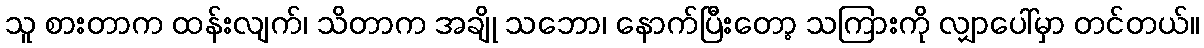
သူ စားတာက ထန်းလျက်၊ သိတာက အချို သဘော၊ နောက်ပြီးတော့ သကြားကို လျှာပေါ်မှာ တင်တယ်။